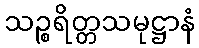
သဉ္စရိတ္တသမုဋ္ဌာနံ